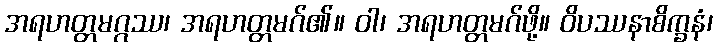
အရဟတ္တမဂ္ဂဿ၊ အရဟတ္တမဂ်၏။ ဝါ၊ အရဟတ္တမဂ်ဖို့။ ဝိပဿနာစိက္ခနံ၊